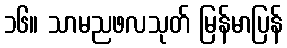
၁၆။ သာမညဖလသုတ် မြန်မာပြန်